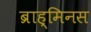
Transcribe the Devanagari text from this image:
ब्राह्मिनस